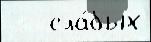
   сла́бых